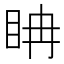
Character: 𥅆